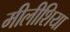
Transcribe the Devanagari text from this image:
मीलीशिया